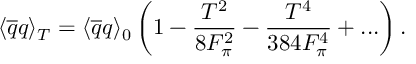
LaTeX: \langle \overline { { { q } } } q \rangle _ { T } = \langle \overline { { { q } } } q \rangle _ { 0 } \left( 1 - \frac { T ^ { 2 } } { 8 F _ { \pi } ^ { 2 } } - \frac { T ^ { 4 } } { 3 8 4 F _ { \pi } ^ { 4 } } + . . . \right) .